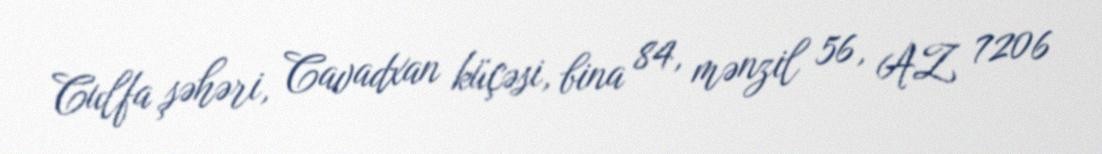
Culfa şəhəri, Cavadxan küçəsi, bina 84, mənzil 56, AZ 7206